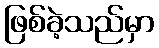
ဖြစ်ခဲ့သည်မှာ